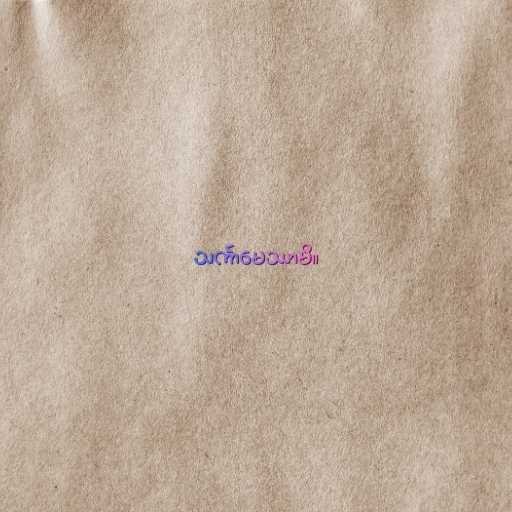
သင်္ကာမေဿာမိ။